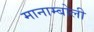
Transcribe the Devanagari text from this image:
मानाम्बोली